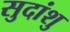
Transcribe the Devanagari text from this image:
सुदांशु